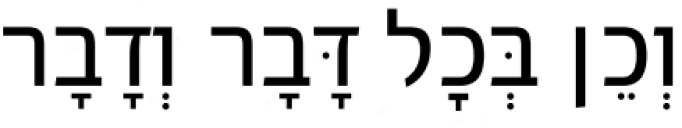
וְכֵן בְּכׇל דָּבָר וְדָבָר